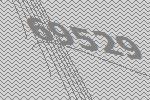
69529